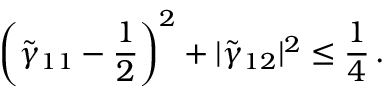
\left( \tilde { \gamma } _ { 1 1 } - \frac { 1 } { 2 } \right) ^ { 2 } + | \tilde { \gamma } _ { 1 2 } | ^ { 2 } \leq \frac { 1 } { 4 } \, .